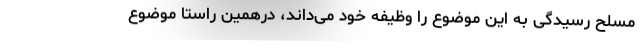
مسلح رسیدگی به این موضوع را وظیفه خود می‌داند، درهمین راستا موضوع